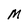
Character: M